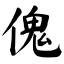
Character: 傀